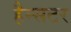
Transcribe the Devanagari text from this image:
हैम्सटर